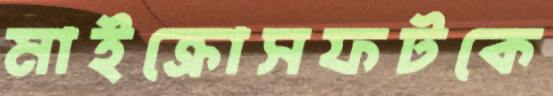
মাইক্রোসফটকে